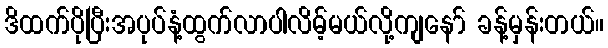
ဒိထက်ပိုပြီးအပုပ်နံ့ထွက်လာပါလိမ့်မယ်လို့ကျနော် ခန့်မှန်းတယ်။